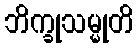
ဘိက္ခုသမ္မုတိ